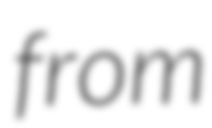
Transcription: from